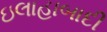
ઇલાહાબાદી